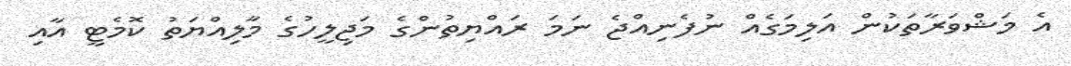
އެ މަޝްވަރާތަކުން އަލިމަގެއް ނުފެނިއްޖެ ނަމަ ރައްޔިތުންގެ މަޖިލީހުގެ މާލިއްޔަތު ކޮމެޓީ އާއި